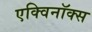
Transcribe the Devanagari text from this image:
एक्विनॉक्स